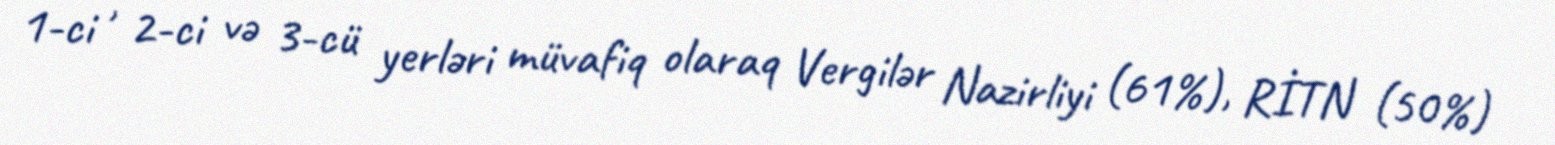
1-ci , 2-ci və 3-cü yerləri müvafiq olaraq Vergilər Nazirliyi (61%), RİTN (50%)